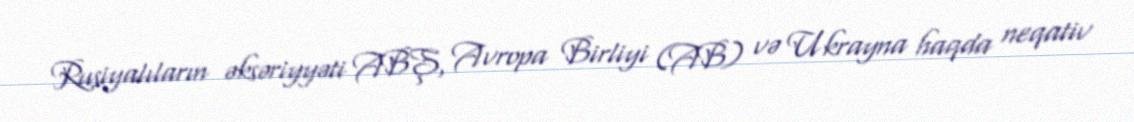
Rusiyalıların əksəriyyəti ABŞ, Avropa Birliyi (AB) və Ukrayna haqda neqativ